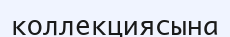
коллекциясына